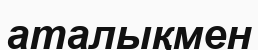
аталықмен